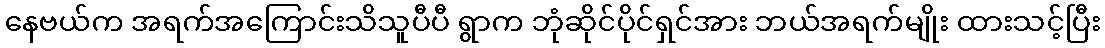
နေဗယ်က အရက်အကြောင်းသိသူပီပီ ရွာက ဘုံဆိုင်ပိုင်ရှင်အား ဘယ်အရက်မျိုး ထားသင့်ပြီး